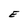
Character: E